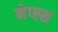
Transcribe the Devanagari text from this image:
नेप्ल्स